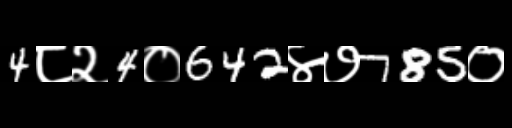
Text: 4८२4०642४७785०